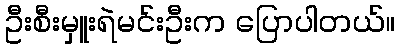
ဦးစီးမှူးရဲမင်းဦးက ပြောပါတယ်။